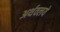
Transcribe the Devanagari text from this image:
अर्थवलये